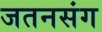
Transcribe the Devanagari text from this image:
जतनसंग